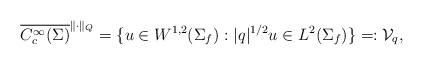
LaTeX: \begin{align*}\overline{C^{\infty}_c(\Sigma)}^{\|\cdot \|_Q}=\{u\in W^{1,2}(\Sigma_f): |q|^{1/2}u\in L^2(\Sigma_f)\}=:\mathcal{V}_q,\end{align*}